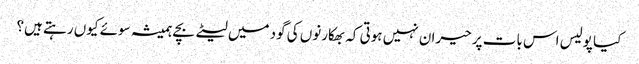
کیا پولیس اس بات پر حیران نہیں ہوتی کہ بھکارنوں کی گود میں لیٹے بچے ہمیشہ سوئے کیوں رہتے ہیں؟